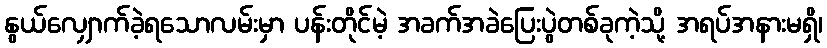
နွယ်လျှောက်ခဲ့ရသောလမ်းမှာ ပန်းတိုင်မဲ့ အခက်အခဲပြေးပွဲတစ်ခုကဲ့သို့ အရပ်အနားမရှိ၊